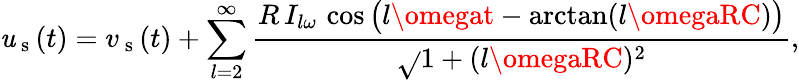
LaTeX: \mathit{u}_{\mathrm{{~s~}}}(t)=v_{\mathrm{{~s~}}}(t)+\displaystyle\sum_{l=2}^{\infty}\frac{{R\, I_{l\omega}\, \cos\big(l\omegat-\arctan(l\omegaRC)\big)}}{{\sqrt{}{{1+(l\omegaRC)^{2}}}}},